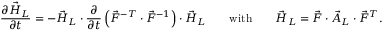
\frac { \partial \vec { H } _ { L } } { \partial t } = - \vec { H } _ { L } \cdot \frac { \partial } { \partial t } \left( \vec { F } ^ { - T } \cdot \vec { F } ^ { - 1 } \right) \cdot \vec { H } _ { L } \qquad \mathrm { w i t h } \qquad \vec { H } _ { L } = \vec { F } \cdot \vec { A } _ { L } \cdot \vec { F } ^ { T } .